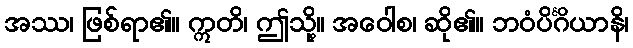
အဿ၊ ဖြစ်ရာ၏။ ဣတိ၊ ဤသို့။ အဝေါစ၊ ဆို၏။ ဘဝံပိင်္ဂိယာနိ၊